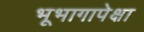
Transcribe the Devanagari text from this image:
भूभागापेक्षा